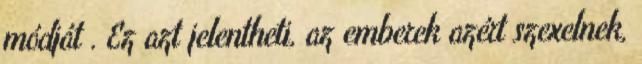
módját . Ez azt jelentheti, az emberek azért szexelnek,